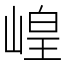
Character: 崲